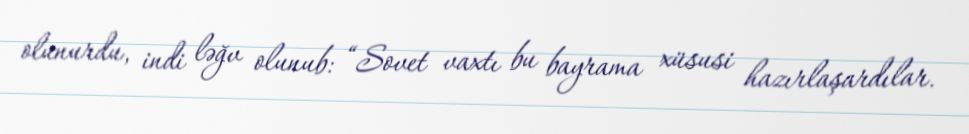
olunurdu, indi ləğv olunub: “Sovet vaxtı bu bayrama xüsusi hazırlaşardılar.